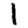
Digit: 1